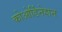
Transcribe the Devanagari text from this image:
कोओर्डिनेशन